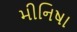
મીનિષા